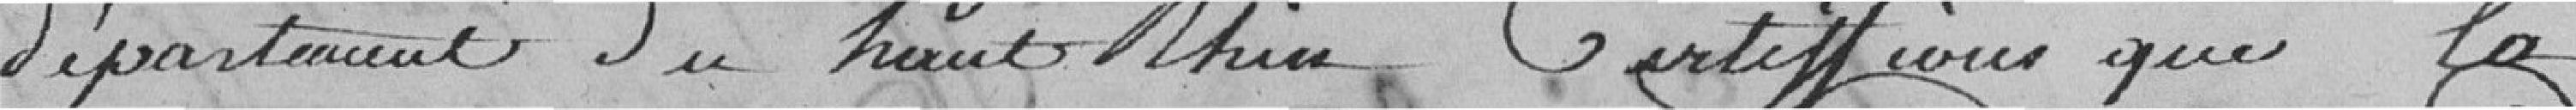
département du Haut-Rhin, certifions que la